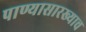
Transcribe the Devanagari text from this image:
पाण्यासारख्याच